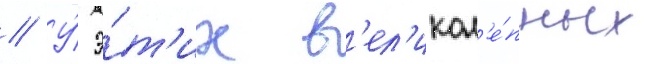
// У́ э́т'их в'ел'икол'е́пных